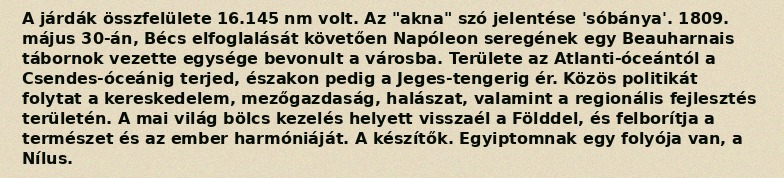
A járdák összfelülete 16.145 nm volt. Az "akna" szó jelentése 'sóbánya'. 1809. május 30-án, Bécs elfoglalását követően Napóleon seregének egy Beauharnais tábornok vezette egysége bevonult a városba. Területe az Atlanti-óceántól a Csendes-óceánig terjed, északon pedig a Jeges-tengerig ér. Közös politikát folytat a kereskedelem, mezőgazdaság, halászat, valamint a regionális fejlesztés területén. A mai világ bölcs kezelés helyett visszaél a Földdel, és felborítja a természet és az ember harmóniáját. A készítők. Egyiptomnak egy folyója van, a Nílus.